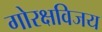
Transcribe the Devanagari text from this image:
गोरक्षविजय